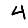
Digit: 4